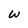
Character: w